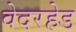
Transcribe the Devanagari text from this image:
वेदरहेड